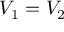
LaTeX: V _ { 1 } = V _ { 2 }